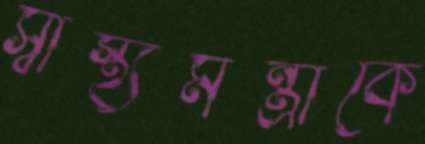
স্বাস্থ্যমন্ত্রীকে